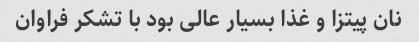
نان پیتزا و غذا بسیار عالی بود با تشکر فراوان